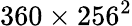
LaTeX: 360\times 256^{2}